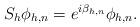
LaTeX: \begin{align*} S_h \phi_{h, n} = e^{i \beta_{h, n}} \phi_{h, n}. \end{align*}